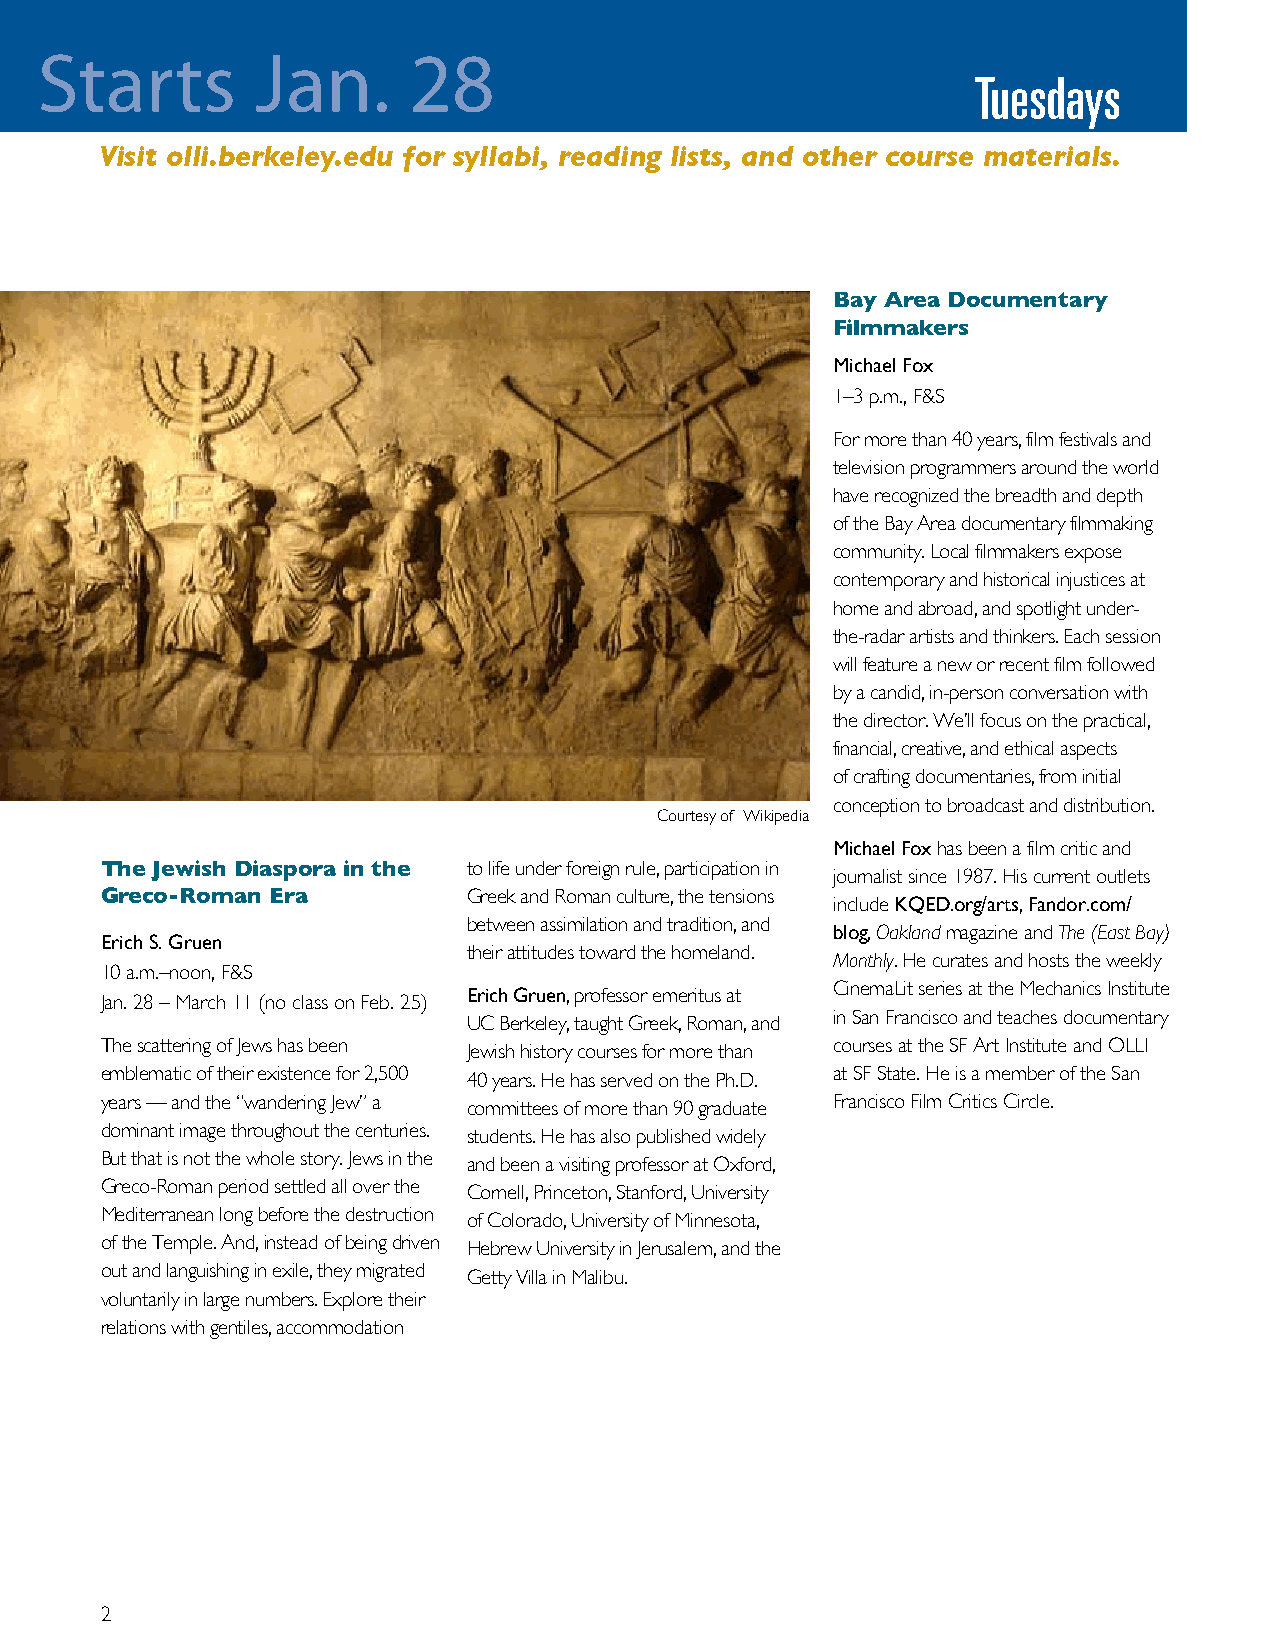
Starts         Jan.      28
 Tuesdays
 Visit olli.berkeley.edu for syllabi, reading lists, and other course materials.
 Bay Area Documentary
 Filmmakers
 Michael Fox
 1–3 p.m., F&S
 For more than 40 years, film festivals and
 television programmers around the world
 have recognized the breadth and depth
 of the Bay Area documentary filmmaking
 community. Local filmmakers expose
 contemporary and historical injustices at
 home and abroad, and spotlight under-
 the-radar artists and thinkers. Each session
 will feature a new or recent film followed
 by a candid, in-person conversation with
 the director. We’ll focus on the practical,
 financial, creative, and ethical aspects
 of crafting documentaries, from initial
 conception to broadcast and distribution.
 Courtesy of Wikipedia
 Michael Fox has been a film critic and
 The Jewish Diaspora in the to life under foreign rule, participation in
 journalist since 1987. His current outlets
 Greco-Roman Era         Greek and Roman culture, the tensions
 include KQED.org/arts, Fandor.com/
 between assimilation and tradition, and
 blog, Oakland magazine and The (East Bay)
 Erich S. Gruen
 their attitudes toward the homeland.
 Monthly. He curates and hosts the weekly
 10 a.m.–noon, F&S
 CinemaLit series at the Mechanics Institute
 Erich Gruen, professor emeritus at
 Jan. 28 – March 11 (no class on Feb. 25)
 in San Francisco and teaches documentary
 UC Berkeley, taught Greek, Roman, and
 The scattering of Jews has been Jewish history courses for more than courses at the SF Art Institute and OLLI
 emblematic of their existence for 2,500 40 years. He has served on the Ph.D. at SF State. He is a member of the San
 years — and the “wandering Jew” a committees of more than 90 graduate Francisco Film Critics Circle.
 dominant image throughout the centuries. students. He has also published widely
 But that is not the whole story. Jews in the and been a visiting professor at Oxford,
 Greco-Roman period settled all over the Cornell, Princeton, Stanford, University
 Mediterranean long before the destruction of Colorado, University of Minnesota,
 of the Temple. And, instead of being driven Hebrew University in Jerusalem, and the
 out and languishing in exile, they migrated Getty Villa in Malibu.
 voluntarily in large numbers. Explore their
 relations with gentiles, accommodation
 2